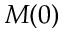
M ( 0 )